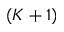
( K + 1 )